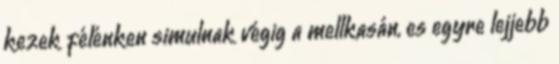
kezek félénken simulnak végig a mellkasán, es egyre lejjebb